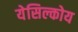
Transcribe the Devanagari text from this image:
येसिल्कोय